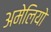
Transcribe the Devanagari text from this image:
अमेलियो